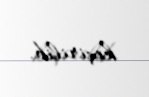
keçirilib.